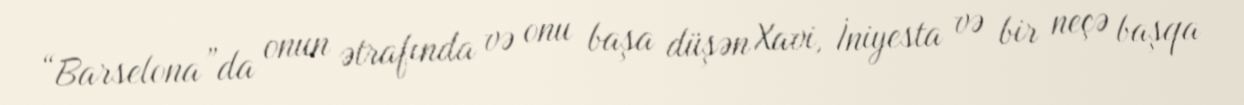
“Barselona”da onun ətrafında və onu başa düşən Xavi, İniyesta və bir neçə başqa